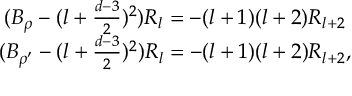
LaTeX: \begin{array} { c } { { ( B _ { \rho } - ( l + \frac { d - 3 } { 2 } ) ^ { 2 } ) R _ { l } = - ( l + 1 ) ( l + 2 ) R _ { l + 2 } } } \\ { { ( B _ { \rho ^ { \prime } } - ( l + \frac { d - 3 } { 2 } ) ^ { 2 } ) R _ { l } = - ( l + 1 ) ( l + 2 ) R _ { l + 2 } , } } \end{array}